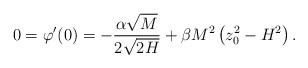
LaTeX: \begin{align*}0=\varphi'(0)=-\frac{\alpha\sqrt{M}}{2\sqrt{2H}}+\beta M^{2}\left(z_{0}^{2}-H^{2}\right).\end{align*}